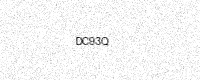
Text: DC93Q